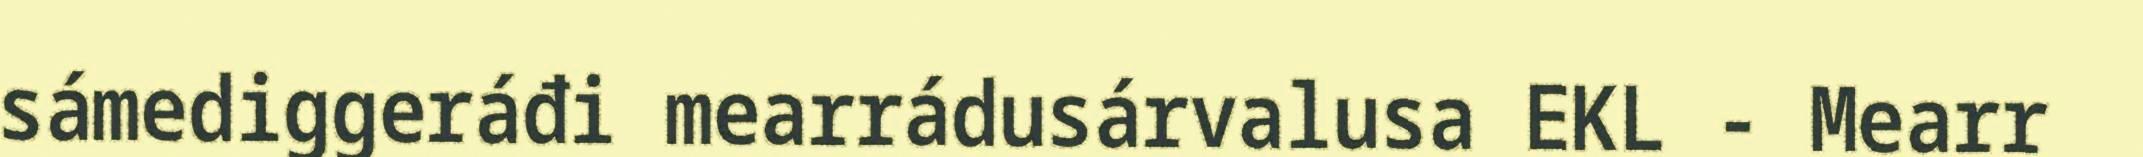
sámediggeráđi mearrádusárvalusa EKL - Mearr